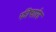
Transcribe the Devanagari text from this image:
फीचारेट